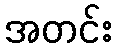
အတင်း